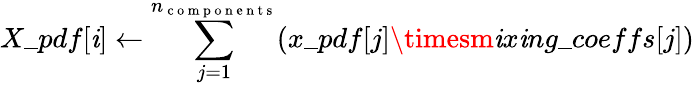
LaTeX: X\_ pdf[\mathit{i}]\leftarrow\sum_{j=1}^{n_{\mathrm{{~c~o~m~p~o~n~e~n~t~s~}}}}(x\_ pdf[j]\timesm\mathit{i}x\mathit{i}ng\_ coeffs[j])